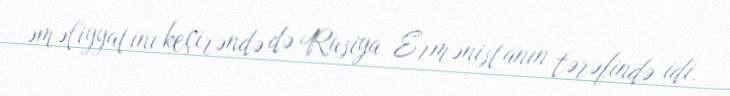
əməliyyatını keçirəndə də Rusiya Ermənistanın tərəfində idi.